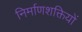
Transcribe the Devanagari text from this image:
निर्माणशक्तियों